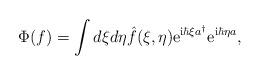
LaTeX: \begin{align*}\Phi (f) = \int d\xi d\eta \hat{f}(\xi , \eta) {\rm e}^{{\rm i} \hbar \xi a^{\dagger}} {\rm e}^{{\rm i} \hbar \eta a}, \end{align*}